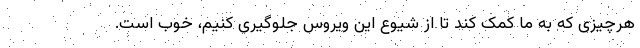
هرچیزی که به ما کمک کند تا از شیوع این ویروس جلوگیری کنیم، خوب است.